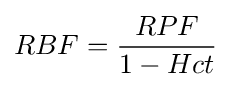
RBF={\frac {RPF}{1-Hct}}